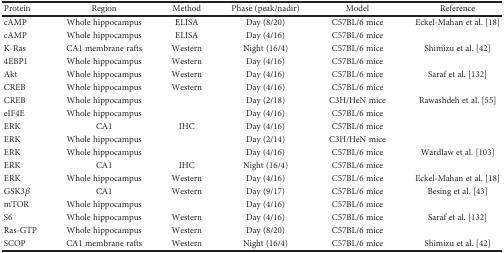
<table><thead><tr><td><b>Protein</b></td><td><b>Region</b></td><td><b>Method</b></td><td><b>Phase (peak/nadir)</b></td><td><b>Model</b></td><td><b>Reference</b></td></tr></thead><tbody><tr><td>cAMP</td><td>Whole hippocampus</td><td>ELISA</td><td>Day (8/20)</td><td>C57BL/6 mice</td><td>Eckel-Mahan et al. [18]</td></tr><tr><td>cAMP</td><td>Whole hippocampus</td><td>ELISA</td><td>Day (4/16)</td><td>C57BL/6 mice</td><td>[EMPTY_CELL]</td></tr><tr><td>K-Ras</td><td>CA1 membrane rafts</td><td>Western</td><td>Night (16/4)</td><td>C57BL/6 mice</td><td>Shimizu et al. [42]</td></tr><tr><td>4EBP1</td><td>Whole hippocampus</td><td>Western</td><td>Day (4/16)</td><td>C57BL/6 mice</td><td>[EMPTY_CELL]</td></tr><tr><td>Akt</td><td>Whole hippocampus</td><td>Western</td><td>Day (4/16)</td><td>C57BL/6 mice</td><td>Saraf et al. [132]</td></tr><tr><td>CREB</td><td>Whole hippocampus</td><td>Western</td><td>Day (4/16)</td><td>C57BL/6 mice</td><td>[EMPTY_CELL]</td></tr><tr><td>CREB</td><td>Whole hippocampus</td><td>[EMPTY_CELL]</td><td>Day (2/18)</td><td>C3H/HeN mice</td><td>Rawashdeh et al. [55]</td></tr><tr><td>eIF4E</td><td>Whole hippocampus</td><td>[EMPTY_CELL]</td><td>Day (4/16)</td><td>C57BL/6 mice</td><td>[EMPTY_CELL]</td></tr><tr><td>ERK</td><td>CA1</td><td>IHC</td><td>Day (4/16)</td><td>C57BL/6 mice</td><td>[EMPTY_CELL]</td></tr><tr><td>ERK</td><td>Whole hippocampus</td><td>[EMPTY_CELL]</td><td>Day (2/14)</td><td>C3H/HeN mice</td><td>[EMPTY_CELL]</td></tr><tr><td>ERK</td><td>Whole hippocampus</td><td>[EMPTY_CELL]</td><td>Day (4/16)</td><td>C57BL/6 mice</td><td>Wardlaw et al. [103]</td></tr><tr><td>ERK</td><td>CA1</td><td>IHC</td><td>Night (16/4)</td><td>C57BL/6 mice</td><td>[EMPTY_CELL]</td></tr><tr><td>ERK</td><td>Whole hippocampus</td><td>Western</td><td>Day (4/16)</td><td>C57BL/6 mice</td><td>Eckel-Mahan et al. [18]</td></tr><tr><td>GSK3<i>β</i></td><td>CA1</td><td>Western</td><td>Day (9/17)</td><td>C57BL/6 mice</td><td>Besing et al. [43]</td></tr><tr><td>mTOR</td><td>Whole hippocampus</td><td>[EMPTY_CELL]</td><td>Day (4/16)</td><td>C57BL/6 mice</td><td>[EMPTY_CELL]</td></tr><tr><td>S6</td><td>Whole hippocampus</td><td>Western</td><td>Day (4/16)</td><td>C57BL/6 mice</td><td>Saraf et al. [132]</td></tr><tr><td>Ras-GTP</td><td>Whole hippocampus</td><td>Western</td><td>Day (8/20)</td><td>C57BL/6 mice</td><td>[EMPTY_CELL]</td></tr><tr><td>SCOP</td><td>CA1 membrane rafts</td><td>Western</td><td>Night (16/4)</td><td>C57BL/6 mice</td><td>Shimizu et al. [42]</td></tr></tbody></table>